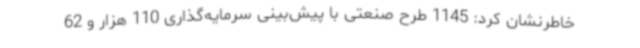
خاطرنشان کرد: 1145 طرح صنعتی با پیش‌بینی سرمایه‌گذاری 110 هزار و 62